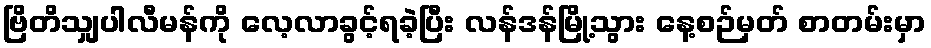
ဗြိတိသျှပါလီမန်ကို လေ့လာခွင့်ရခဲ့ပြီး လန်ဒန်မြို့သွား နေ့စဉ်မှတ် စာတမ်းမှာ